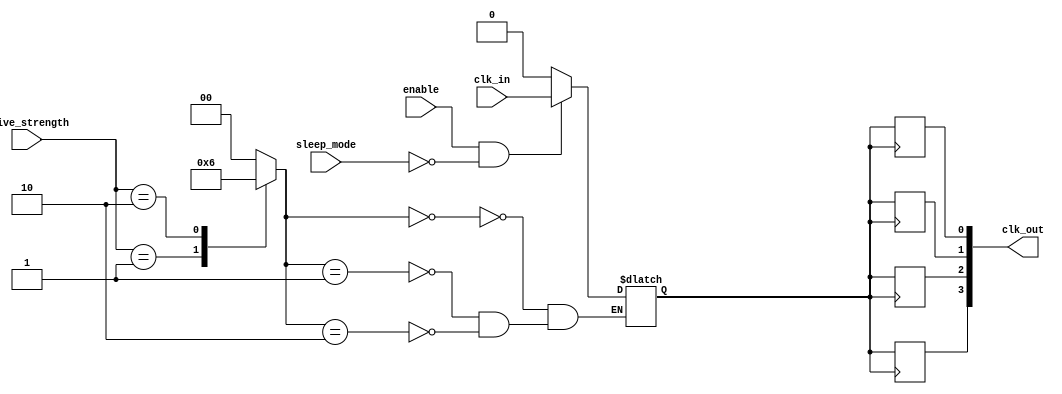
module low_power_clock_buffer (
    input wire clk_in,               // Clock input
    input wire enable,               // Enable signal
    output reg [N-1:0] clk_out,      // Buffered clock outputs (N outputs)
    input wire [1:0] drive_strength, // Drive strength configuration
    input wire sleep_mode             // Sleep mode control
);
  
    parameter N = 4; // Number of outputs
    reg clk_buf; // Internal clock buffer
    reg clk_gated; // Gated clock signal
    reg [1:0] drive_strength_reg; // Register for drive strength control

    // Conditional clock gating
    always @(*) begin
        if (enable && !sleep_mode) begin
            clk_gated = clk_in;
        end else begin
            clk_gated = 1'b0; // Zero clock in sleep mode or when disabled
        end
    end

    // Drive strength control logic
    always @(*) begin
        case (drive_strength)
            2'b00: drive_strength_reg = 2'b00; // Low drive strength
            2'b01: drive_strength_reg = 2'b01; // Medium drive strength
            2'b10: drive_strength_reg = 2'b10; // High drive strength
            default: drive_strength_reg = 2'b00; // Default low drive strength
        endcase
    end

    // Clock buffering logic with minimal skew and controlled rise/fall time
    always @(clk_gated) begin
        if (drive_strength_reg == 2'b00) begin
            // Low drive strength logic
            clk_buf <= clk_gated; // Direct pass (example)
        end else if (drive_strength_reg == 2'b01) begin
            // Medium drive strength logic (example of delayed buffering)
            clk_buf <= #1 clk_gated; // 1 time unit delay
        end else if (drive_strength_reg == 2'b10) begin
            // High drive strength logic (example of faster buffering)
            clk_buf <= #0.5 clk_gated; // 0.5 time unit delay
        end
    end

    // Assign buffered clock to outputs
    genvar i;
    generate
        for (i = 0; i < N; i = i + 1) begin: buffer_outputs
            always @(posedge clk_buf) begin
                clk_out[i] <= clk_buf; // Distributing buffered clock to outputs
            end
        end
    endgenerate

endmodule